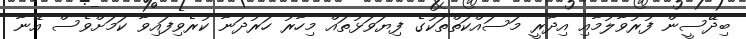
ބިދޭސީން ފުރުވާލުމާއި އިދާރީ މަސައްކަތްތަކުގެ ފިޔަވަޅުތައް މިހާރު ހަރުދަނާ ކުރެވިފައިވާ ކަމަށްވެސް އޭނާ